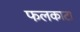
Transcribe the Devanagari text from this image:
फलकाटा